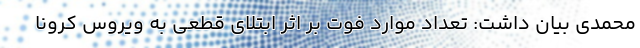
محمدی بیان داشت: تعداد موارد فوت بر اثر ابتلای قطعی به ویروس کرونا